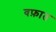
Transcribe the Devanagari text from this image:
वफ़ात